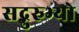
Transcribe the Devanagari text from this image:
सद्गुरुभ्यो